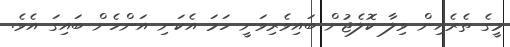
މީގެ ތެރެއިން ވިލާ ކޮލެޖުން ބައިވެރިވަނީ ހަމަ އެކަނި އަންހެން ބައިގަ އެވެ.